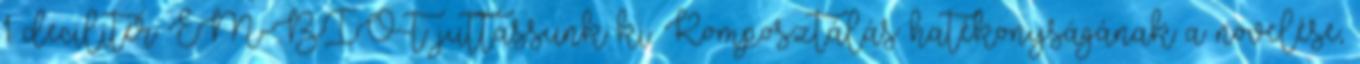
1 deciliter EM-BIO-t juttassunk ki. Komposztálás hatékonyságának a növelése,